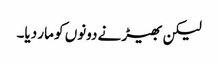
لیکن بھیڑ نے دونوں کو مار دیا۔